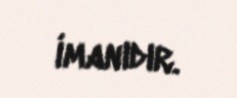
imanıdır.